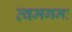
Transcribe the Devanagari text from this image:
त्वमगमः